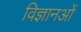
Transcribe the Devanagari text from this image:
विज्ञानओं